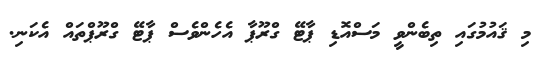
މި ޤައުމުގައި ތިބެންވީ މަސްއޮޑި ޕާޓޭ ގްރޫޕާ އެހެންވެސް ޕާޓޭ ގްރޫޕްތައް އެކަނި.